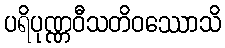
ပရိပုဏ္ဏဝီသတိဝဿောသိ